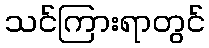
သင်ကြားရာတွင်